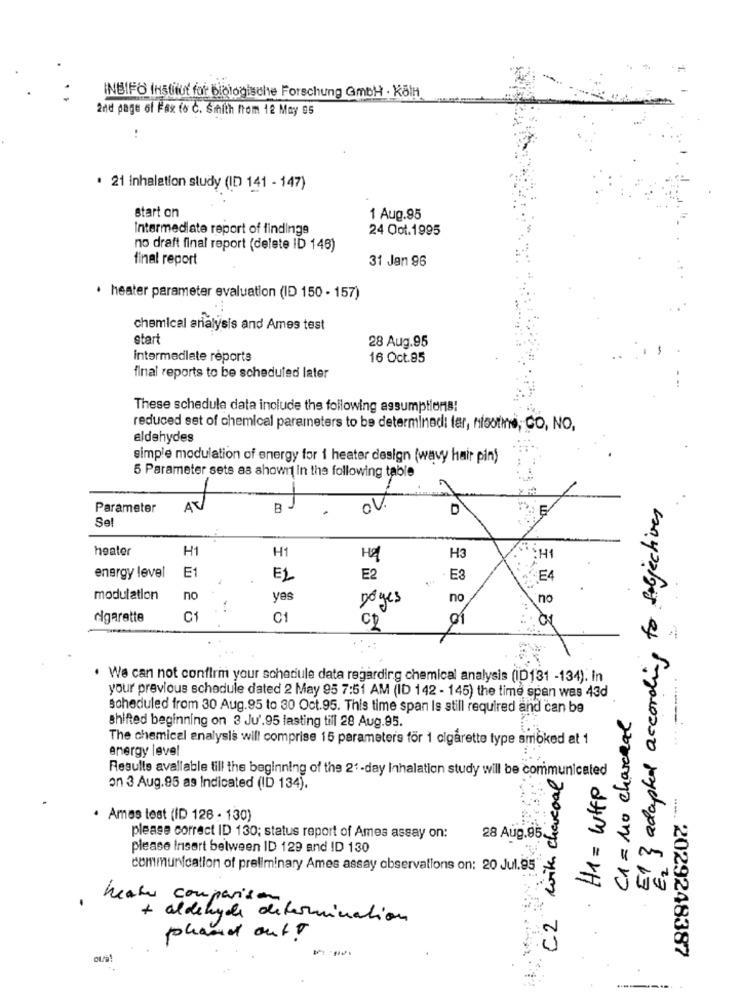
INBIFO Institut for biologische Forschung GMBH . Köln
2nd page of Fax fo C. Smith from 12 May 05
..
. 21 inhalation study (ID 141 - 147)
start on
1 Aug.95
Intermediate report of findinge
24 Oot.1995
no draft final report (delete ID 148)
final report
31 Jan 96
· heater parameter evaluation (ID 150 - 157)
chemical analysis and Ames test
start
28 Aug.95
intermediate reports
16 Oct.95
final reports to be scheduled later
These schedule data include the following assumptions:
reduced set of chemical parameters to be determinedi fer, nisothe, CO, NO,
aldehydes
simple modulation of energy for i heater design (wavy hair pin)
4
5 Parameter sets as shown in the following table
El & adapted according to sobjectives
Parameter
B
ov.
D
E
Se
27 ME
heater
H1
H1
HZ
H3
E1
energy level
EL
E2
E3
E4
modulation
no
yes
no
no
Doyes
cigarette
C1
C1
. We can not confirm your schedule data regarding chemical analysis (ID131 -134). In
your previous schedule dated 2 May 95 7:51 AM (ID 142 - 145) the time span was 43d
scheduled from 30 Aug. 95 to 30 Oct.95. This time span Is still required and can be
C1 = 110 charcoal
shifted beginning on 3 Ju'.95 lasting till 28 Aug.95.
The chemical analysis will comprise 15 parameters for 1 cigarette type smoked at 1
energy level
Resulle avallable till the beginning of the 2'-day Inhalation study will be communicated
C2 with charcoal
H1 = WEEp
on 3 Aug.95 as Indicated (ID 134).
· Ames test (ID 126 - 130)
please correct ID 130; status report of Ames assay on:
28 Aug.95.
please Insert between ID 129 and ID 130
E2
communication of preliminary Ames assay observations on: 20 Jul.95
heater comparison
+ aldehyde determination
phand out !
2029248387